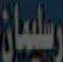
سليمان